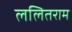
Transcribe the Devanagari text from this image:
ललितराम